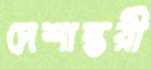
দেশান্তরী